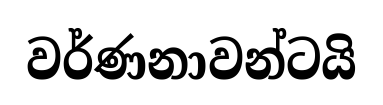
වර්ණනාවන්ටයි